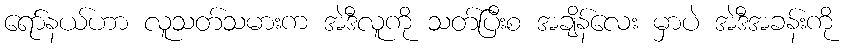
ရော်နယ်ဟာ လူသတ်သမားက အဲဒီလူကို သတ်ပြီးစ အချိန်လေး မှာပဲ အဲဒီအခန်းကို